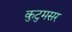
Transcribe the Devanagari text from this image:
कुटुमसर